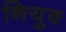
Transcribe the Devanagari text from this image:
नियुक्‍